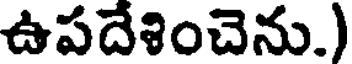
ఉపదేశించెను.)